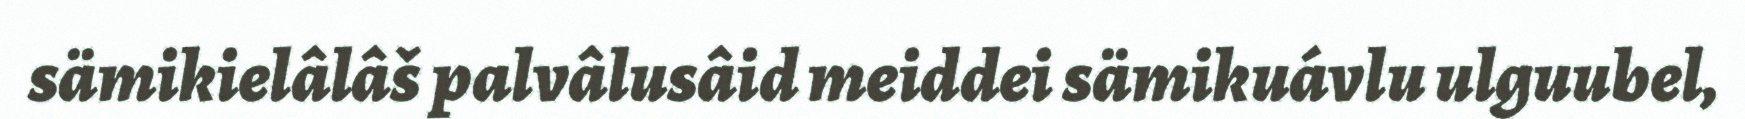
sämikielâlâš palvâlusâid meiddei sämikuávlu ulguubel,